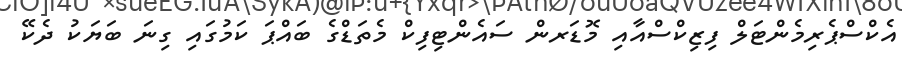
އެކްސްޕެރިމެންޓަލް ފިޒިކްސްއާއި މޮޑަރން ސައެންޓިފިކް މެތަޑްގެ ބައްޕަ ކަމުގައި ގިނަ ބަޔަކު ދެކޭ